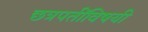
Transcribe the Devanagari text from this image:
छत्रपतींविषयी